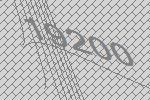
19200